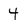
Character: 4